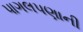
પાગલપણાની